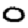
Digit: 0